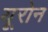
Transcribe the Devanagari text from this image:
यूरोन